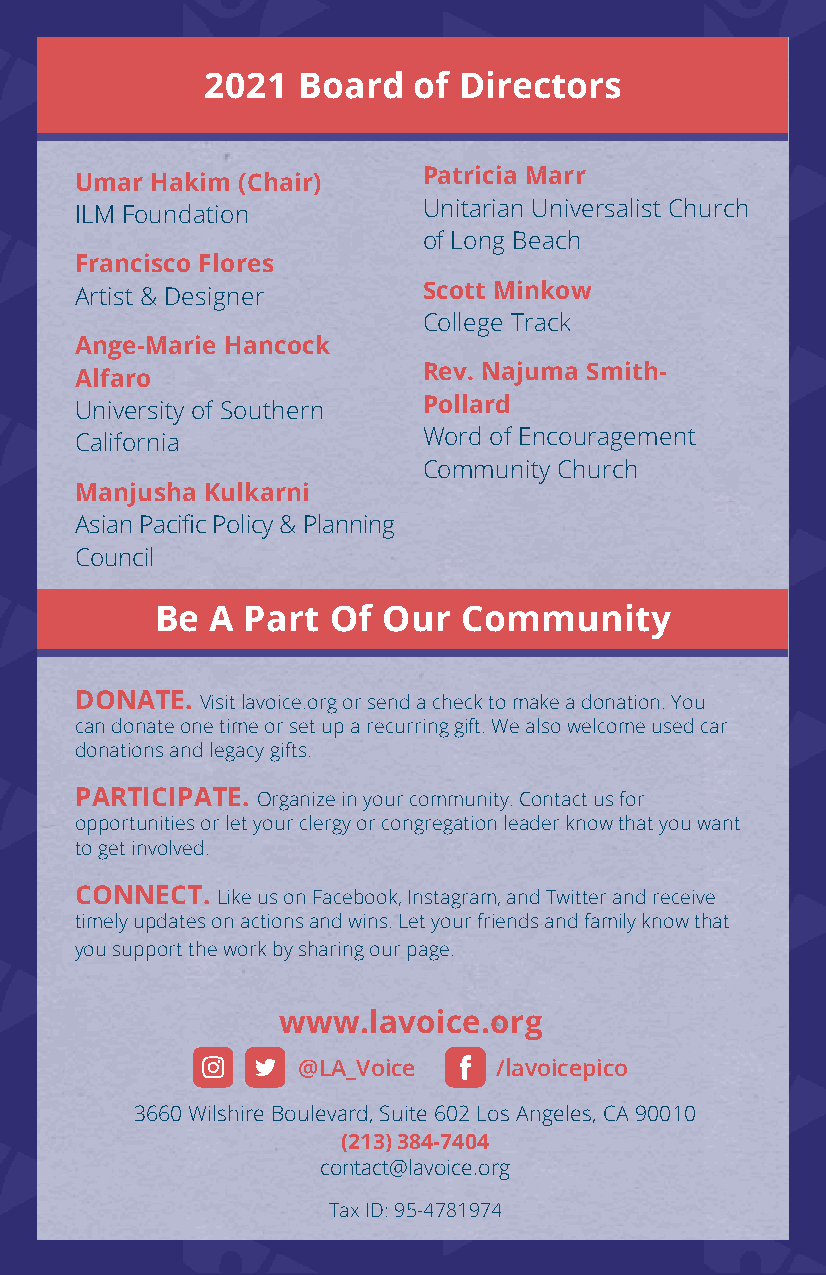
2021   Board  of Directors
 Patricia Marr
 Umar Hakim (Chair)
 Unitarian Universalist Church
 ILM Foundation
 of Long Beach
 Francisco Flores
 Artist & Designer      Scott Minkow
 College Track
 Ange-Marie Hancock
 Rev. Najuma Smith-
 Alfaro
 University of Southern Pollard
 Word of Encouragement
 California
 Community Church
 Manjusha Kulkarni
 Asian Pacific Policy & Planning
 Council
 Be  A Part  Of Our  Community
 DONATE. Visit lavoice.org or send a check to make a donation. You
 can donate one time or set up a recurring gift. We also welcome used car
 donations and legacy gifts.
 PARTICIPATE. Organize in your community. Contact us for
 opportunities or let your clergy or congregation leader know that you want
 to get involved.
 CONNECT. Like us on Facebook, Instagram, and Twitter and receive
 timely updates on actions and wins. Let your friends and family know that
 you support the work by sharing our page.
 www.lavoice.org
 @LA_Voice    /lavoicepico
 3660 Wilshire Boulevard, Suite 602 Los Angeles, CA 90010
 (213) 384-7404
 contact@lavoice.org
 Tax ID: 95-4781974